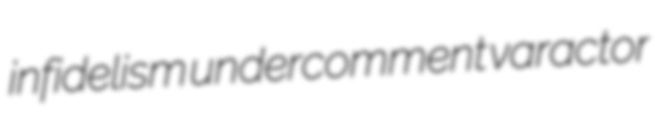
infidelism undercomment varactor